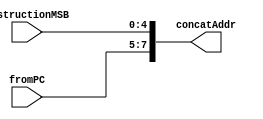
`timescale 1ns / 1ps
//////////////////////////////////////////////////////////////////////////////////
// Company: 
// Engineer: 
// 
// Design Name: 
// Module Name: concat
// Project Name: 
// Target Devices: 
// Tool Versions: 
// Description: 
// 
// Dependencies: 
// 
// Revision:
// Revision 0.01 - File Created
// Additional Comments:
// 
//////////////////////////////////////////////////////////////////////////////////


module concat(
    input [2:0] fromPC,
    input [4:0] instructionMSB,
    output reg [7:0] concatAddr
    );
    
    always@(fromPC, instructionMSB)
        begin
            concatAddr <= {fromPC, instructionMSB};
        end
endmodule